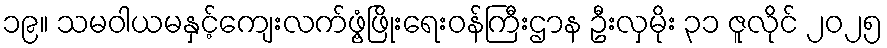
၁၉။ သမဝါယမနှင့်ကျေးလက်ဖွံ့ဖြိုးရေးဝန်ကြီးဌာန ဦးလှမိုး ၃၁ ဇူလိုင် ၂၀၂၅